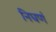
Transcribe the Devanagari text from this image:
निघणं